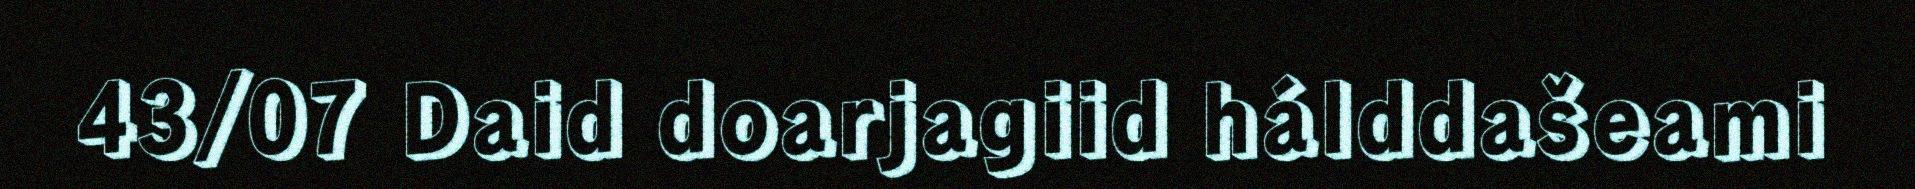
43/07 Daid doarjagiid hálddašeami